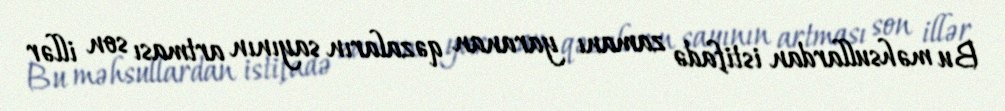
Bu məhsullardan istifadə zamanı yaranan qəzaların sayının artması son illər